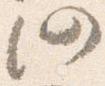
仍